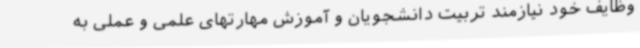
وظایف خود نیازمند تربیت دانشجویان و آموزش مهارتهای علمی و عملی به